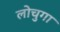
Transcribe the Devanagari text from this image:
लोचुगा